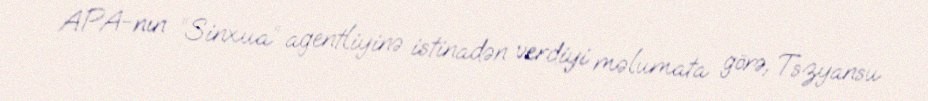
APA-nın “Sinxua” agentliyinə istinadən verdiyi məlumata görə, Tszyansu